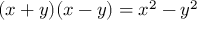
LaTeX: ( x + y ) ( x - y ) = x ^ { 2 } - y ^ { 2 }